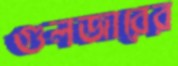
গুলজারের